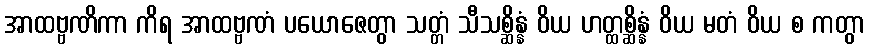
အာထဗ္ဗဏိကာ ကိရ အာထဗ္ဗဏံ ပယောဇေတွာ သတ္တံ သီသစ္ဆိန္နံ ဝိယ ဟတ္ထစ္ဆိန္နံ ဝိယ မတံ ဝိယ စ ကတွာ